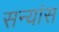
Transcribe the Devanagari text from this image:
सन्यांस